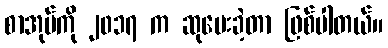
စာအုပ်ကို ၂၀၁၇ က ဆုပေးခဲ့တာ ဖြစ်ပါတယ်။